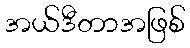
အယ်ဒီတာအဖြစ်